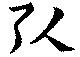
引